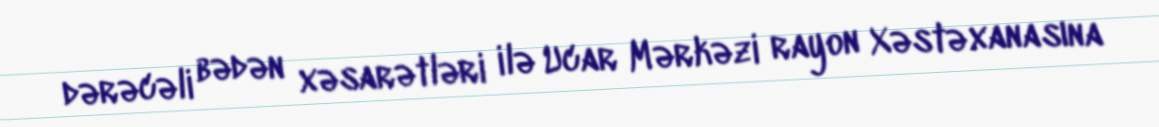
dərəcəli bədən xəsarətləri ilə Ucar Mərkəzi rayon Xəstəxanasına